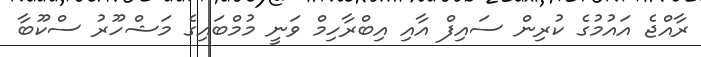
ރާއްޖެ އައުމުގެ ކުރިން ސައިފް އާއި އިބްރާހިމް ވަނީ މުމްބައިގެ މަޝްހޫރު ސްކޫބާ